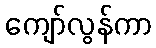
ကျော်လွန်ကာ